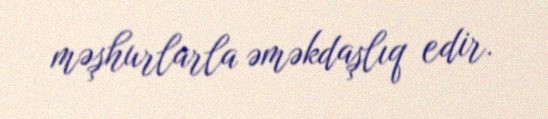
məşhurlarla əməkdaşlıq edir.